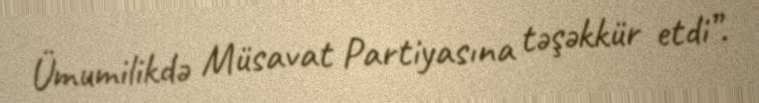
Ümumilikdə Müsavat Partiyasına təşəkkür etdi”.